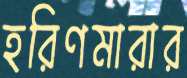
হরিণমারার